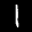
Label: 1